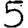
Digit: 5